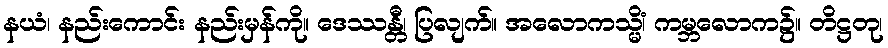
နယံ၊ နည်းကောင်း နည်းမှန်ကို။ ဒေဿန္တီ၊ ပြလျက်။ အလောကသ္မိံ၊ ကမ္ဘလောက၌။ တိဋ္ဌတု၊